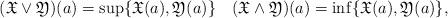
LaTeX: \begin{align*} (\mathfrak{X}\vee\mathfrak{Y})(a) = \sup\{\mathfrak{X}(a),\mathfrak{Y}(a)\} \quad (\mathfrak{X}\wedge\mathfrak{Y})(a) = \inf\{\mathfrak{X}(a),\mathfrak{Y}(a)\},\end{align*}